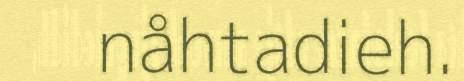
nåhtadieh.